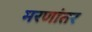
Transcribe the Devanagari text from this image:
मरणांतर